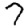
Digit: 7